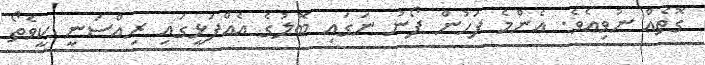
ގޮތެއް ނުވިއެވެ. އެންމެ ފަހުން ފޯނު ނަގައި ބޮލުގެ އެއްފަޅީގައި ރިއްސަނީ ކީވެތޯ